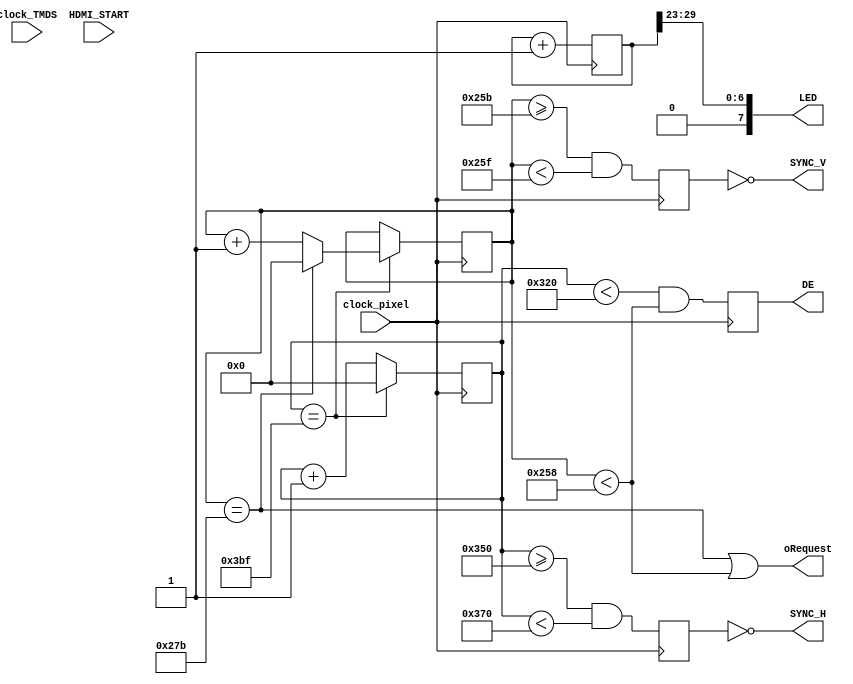
`timescale 1ns / 1ps
//////////////////////////////////////////////////////////////////////////////////
// Company: 
// Engineer: 
// 
// Design Name: 
// Module Name:    hdmi_top 
// Project Name: 
// Target Devices: 
// Tool versions: 
// Description: 
//
// Dependencies: 
//
// Revision: 
// Revision 0.01 - File Created
// Additional Comments: 
//
//////////////////////////////////////////////////////////////////////////////////
`define FQ120HZ
module hdmi_top(
					clock_pixel,
					clock_TMDS,
					HDMI_START,
					/*iRed,
					iGreen,
					iBlue,*/					
					oRequest,
					SYNC_H,
					SYNC_V,
					DE,
					LED
    );
/********** Linux modeline 856x480_60.00 **********/
	 /*parameter HAPIX = 11'd856;
	 parameter HFPOR = 11'd24;
	 parameter HSPUL = 11'd80;
	 parameter HBPOR = 11'd104;
	 
	 parameter VAPIX = 11'd480;
	 parameter VFPOR = 11'd3;
	 parameter VSPUL = 11'd10;
	 parameter VBPOR = 11'd7;*/
/*********** FWVGA 854x480_60.00 ******************/
	 /*parameter HAPIX = 11'd854;
	 parameter HFPOR = 11'd21;
	 parameter HSPUL = 11'd85;
	 parameter HBPOR = 11'd106;
	 
	 parameter VAPIX = 11'd480;
	 parameter VFPOR = 11'd12;
	 parameter VSPUL = 11'd2;
	 parameter VBPOR = 11'd30;*/
/*********** SLI 800*600_120.00 ******************/
`ifdef FQ120HZ
	 parameter HAPIX = 11'd800;
	 parameter HFPOR = 11'd48;
	 parameter HSPUL = 11'd32;
	 parameter HBPOR = 11'd80;
	 
	 parameter VAPIX = 11'd600;
	 parameter VFPOR = 11'd3;
	 parameter VSPUL = 11'd4;
	 parameter VBPOR = 11'd29;
/*********** 800*600@60 ***********************/
`else
	 parameter HAPIX = 11'd800;
	 parameter HFPOR = 11'd40;
	 parameter HSPUL = 11'd128;
	 parameter HBPOR = 11'd88;
	 
	 parameter VAPIX = 11'd600;
	 parameter VFPOR = 11'd1;
	 parameter VSPUL = 11'd4;
	 parameter VBPOR = 11'd23;
`endif
/**** I\O List ****/
input clock_pixel;
input clock_TMDS;
input HDMI_START;

//input [7:0] iRed, iGreen, iBlue;

output oRequest;
output SYNC_H;
output SYNC_V;
output DE;
output [0:7] LED;
/**** Reg List ****/
reg [11:0] contX;
reg [11:0] contY;
reg syncH, syncV, actvA;

reg [3:0] TMDS_modulo;
reg shift_LOAD;
reg [9:0] TMDS_shift_red, TMDS_shift_green, TMDS_shift_blue;

reg [31:0] cntr;
/**** Wire List ****/
wire [7:0] red, green, blue;
wire [7:0] W, A;
wire [9:0] TMDS_red, TMDS_green, TMDS_blue;
wire oclock;

initial
begin
		contX <= 0; contY <= 0;
		//syncH <= 0; syncV <= 0;
		//actvA <= 0;
		
		TMDS_modulo <= 0;
		shift_LOAD <= 0;
		TMDS_shift_red <= 0; TMDS_shift_green <= 0; TMDS_shift_blue <= 0;
		
		cntr <= 0;
end

/************** RTL code **************/
always@(posedge clock_pixel)
		cntr <= cntr + 1;
assign LED = cntr[29:23];


always@(posedge clock_pixel)
begin
		if(contX == HAPIX+HFPOR+HSPUL+HBPOR-1)
				contX = 0;
		else
				contX = contX + 1;
end

always@(posedge clock_pixel)
begin
		if(contX == HAPIX+HFPOR+HSPUL+HBPOR-1)
		begin
				if(contY == VAPIX+VFPOR+VSPUL+VBPOR-1)
						contY = 0;
				else
						contY = contY + 1;
		end
		else
				contY = contY;
end

always@(posedge clock_pixel)
		syncH <= (contX >= HAPIX+HFPOR) && (contX < HAPIX+HFPOR+HSPUL);
always@(posedge clock_pixel)
		syncV <= (contY >= VAPIX+VFPOR) && (contY < VAPIX+VFPOR+VSPUL);
always@(posedge clock_pixel)
		actvA <= (contX < HAPIX) && (contY < VAPIX);

//*********** OUTPUT Control *******************
assign oRequest = (contY == VAPIX+VFPOR+VSPUL+VBPOR-1) || (contY < VAPIX);
assign SYNC_H = ~syncH;
assign SYNC_V = ~syncV;
assign DE = actvA;
//*********** Pattern to Display ****************
assign red = {contX[5:0] & {6{contY[4:3] == ~contX[4:3]}}, 2'b00};
assign green = contX[7:0] & {8{contY[6]}};
assign blue = contY[7:0];

/*assign W = {8{contX[7:0]==contY[7:0]}};
assign A = {8{contX[7:5]==3'h2 && contY[7:5]==3'h2}};

always @(posedge clock_pixel) red <= ({contX[5:0] & {6{contY[4:3]==~contX[4:3]}}, 2'b00} | W) & ~A;
always @(posedge clock_pixel) green <= (contX[7:0] & {8{contY[6]}} | W) & ~A;
always @(posedge clock_pixel) blue <= contY[7:0] | W | A;*/
//***********************************************
/*TMDS_encoder  iRED  (.clk(clock_pixel), .VD(iRed),   .CD(2'b00), 			  .VDE(actvA), .TMDS(TMDS_red));
TMDS_encoder  iGREEN(.clk(clock_pixel), .VD(iGreen), .CD(2'b00), 			  .VDE(actvA), .TMDS(TMDS_green));
TMDS_encoder  iBLUE (.clk(clock_pixel), .VD(iBlue),  .CD({syncV, syncH}), .VDE(actvA), .TMDS(TMDS_blue));

reg vstart = 0;
always@(posedge syncV)
	vstart = HDMI_START;
always@(posedge clock_TMDS)
begin
	if(!vstart)
	begin
		TMDS_shift_red   <= 0;
		TMDS_shift_green <= 0;
		TMDS_shift_blue  <= 0;
		
		TMDS_modulo <= 0;
	end
	else
	begin
		TMDS_shift_red   <= shift_LOAD ? TMDS_red   : TMDS_shift_red[9:1];
		TMDS_shift_green <= shift_LOAD ? TMDS_green : TMDS_shift_green[9:1];
		TMDS_shift_blue  <= shift_LOAD ? TMDS_blue  : TMDS_shift_blue[9:1];
		
		TMDS_modulo <= (TMDS_modulo == 9) ? 4'd0 : TMDS_modulo + 1;
	end
end
always@(posedge clock_TMDS)
		shift_LOAD <= (TMDS_modulo == 9);
*/
endmodule